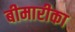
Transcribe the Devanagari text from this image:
बीमारीका